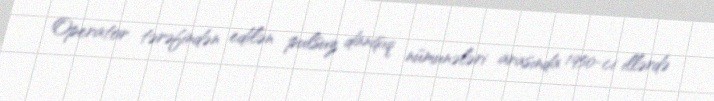
Operator tərəfindən edilən pulsuz danışıq nümunələri arasında 1950-ci illərdə